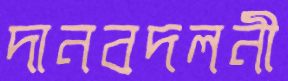
দানবদলনী